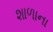
શાળાના